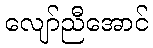
လျော်ညီအောင်